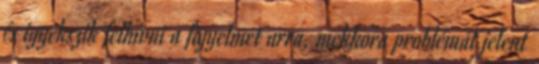
és igyekszik felhívni a figyelmet arra, mekkora problémát jelent